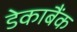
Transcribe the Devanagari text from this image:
डेकाबैंक